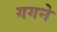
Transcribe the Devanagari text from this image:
गगने